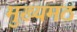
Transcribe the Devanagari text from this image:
मुख्यमठ